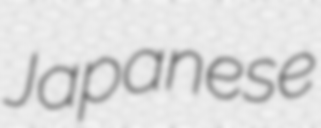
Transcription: Japanese